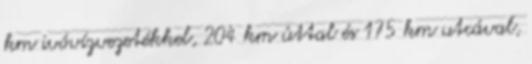
km ivóvízvezetékkel, 204 km úttal és 175 km utcával,